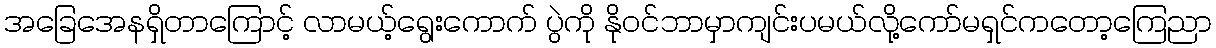
အခြေအေနရှိတာကြောင့် လာမယ့်ရွေးကောက် ပွဲကို နိုဝင်ဘာမှာကျင်းပမယ်လို့ကော်မရှင်ကတော့ကြေညာ